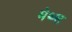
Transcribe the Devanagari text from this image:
मेथ्स